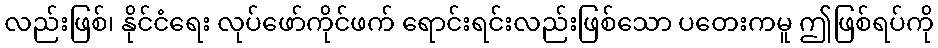
လည်းဖြစ်၊ နိုင်ငံရေး လုပ်ဖော်ကိုင်ဖက် ရောင်းရင်းလည်းဖြစ်သော ပတေးကမူ ဤဖြစ်ရပ်ကို